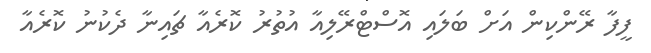
ފީފާ ރޭންކިން އަށް ބަލައި އޮސްޓްރޭލިއާ އުތުރު ކޮރެއާ ޗައިނާ ދެކުނު ކޮރެއާ